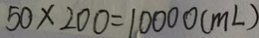
5 0 \times 2 0 0 = 1 0 0 0 0 ( m L )